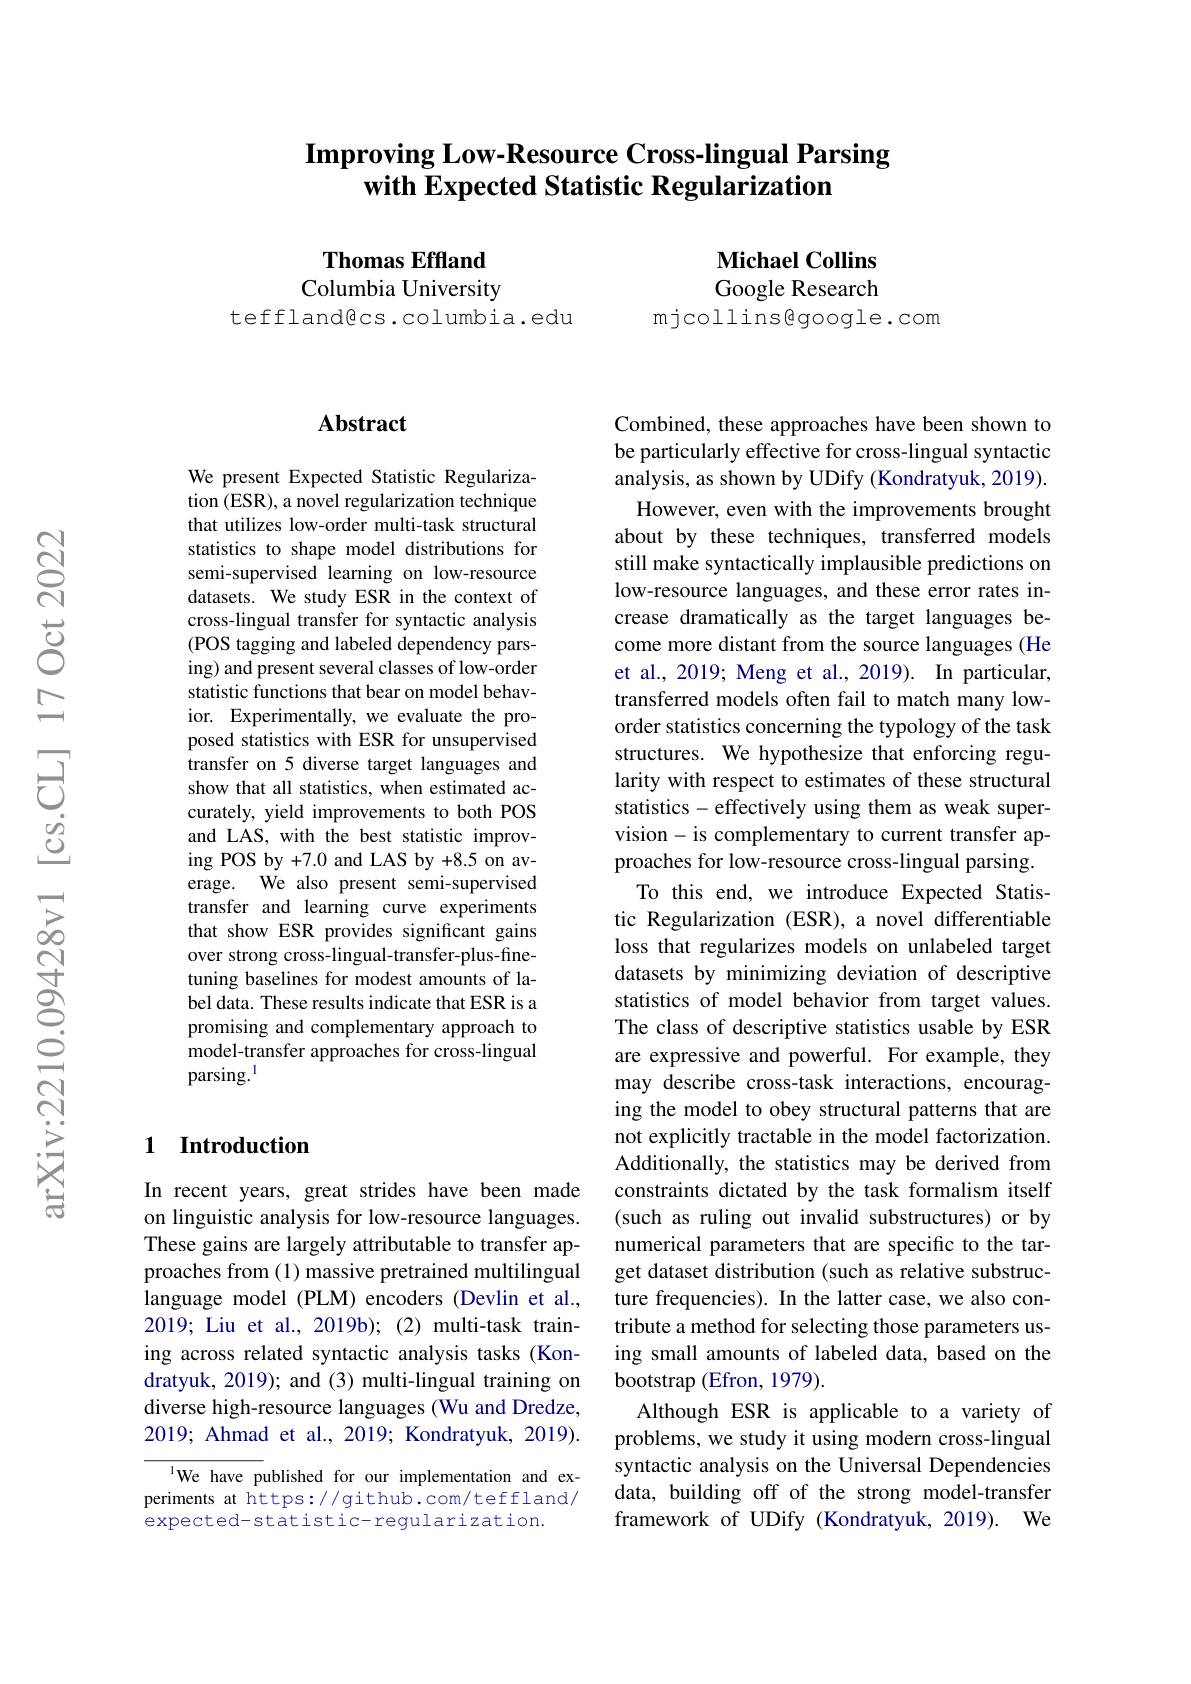
# Improving Low-Resource Cross-lingual Parsing with Expected Statistic Regularization

Thomas Effland Columbia University

Michael Collins Google Research
mjcollins@google.com

tefflandêcs.columbia.edu

### $\mathbf{Abstract}$

We present Expected Statistic Regularization (ESR), a novel regularization technique that utilizes low-order multi-task structural statistics to shape model distributions for semi-supervised learning on low-resource datasets. We study ESR in the context of cross-lingual transfer for syntactic analysis (POS tagging and labeled dependency parsing) and present several classes of low-order statistic functions that bear on model behavior. Experimentally, we evaluate the proposed statistics with ESR for unsupervised transfer on 5 diverse target languages and show that all statistics, when estimated accurately, yield improvements to both POS and LAS, with the best statistic improving POS by +7.0 and LAS by +8.5 on average. We also present semi-supervised transfer and learning curve experiments that show ESR provides significant gains over strong cross-lingual-transfer-plus-finetuning baselines for modest amounts of label data. These results indicate that ESR is a promising and complementary approach to model-transfer approaches for cross-lingual parsing.$^{\mathrm{l}}$

### 1 Introduction

In recent years, great strides have been made on linguistic analysis for low-resource languages. These gains are largely attributable to transfer approaches from (1) massive pretrained multilingual language model (PLM) encoders (Devlin et al., 2019; Liu et al., 2019b); (2) multi-task training across related syntactic analysis tasks (Kondratyuk, 2019); and (3) multi-lingual training on diverse high-resource languages (Wu and Dredze, 2019; Ahmad et al., 2019; Kondratyuk, 2019).

$^{1}$We have published for our implementation and experiments at https://github.com/teffland/ expected-statistic-regularization

Combined, these approaches have been shown to be particularly effective for cross-lingual syntactic analysis, as shown by UDify (Kondratyuk, 2019). However, even with the improvements brought about by these techniques, transferred models still make syntactically implausible predictions on low-resource languages, and these error rates increase dramatically as the target languages become more distant from the source languages (He et al., 2019; Meng et al., 2019). In particular, transferred models often fail to match many loworder statistics concerning the typology of the task structures. We hypothesize that enforcing regularity with respect to estimates of these structural statistics - effectively using them as weak supervision- is complementary to current transfer approaches for low-resource cross-lingual parsing.
To this end, we introduce Expected Statistic Regularization (ESR), a novel differentiable loss that regularizes models on unlabeled target datasets by minimizing deviation of descriptive statistics of model behavior from target values. The class of descriptive statistics usable by ESR are expressive and powerful. For example, they may describe cross-task interactions, encouraging the model to obey structural patterns that are not explicitly tractable in the model factorization. Additionally, the statistics may be derived from constraints dictated by the task formalism itself (such as ruling out invalid substructures) or by numerical parameters that are specific to the target dataset distribution (such as relative substructure frequencies). In the latter case, we also contribute a method for selecting those parameters using small amounts of labeled data, based on the bootstrap (Efron, 1979).
Although ESR is applicable to a variety of problems, we study it using modern cross-lingual syntactic analysis on the Universal Dependencies data, building off of the strong model-transfer framework of UDify (Kondratyuk, 2019). We